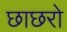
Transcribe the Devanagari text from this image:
छाछरो